Vaccination in Burma 1920-1933 - 1920-1933
Year: 1920
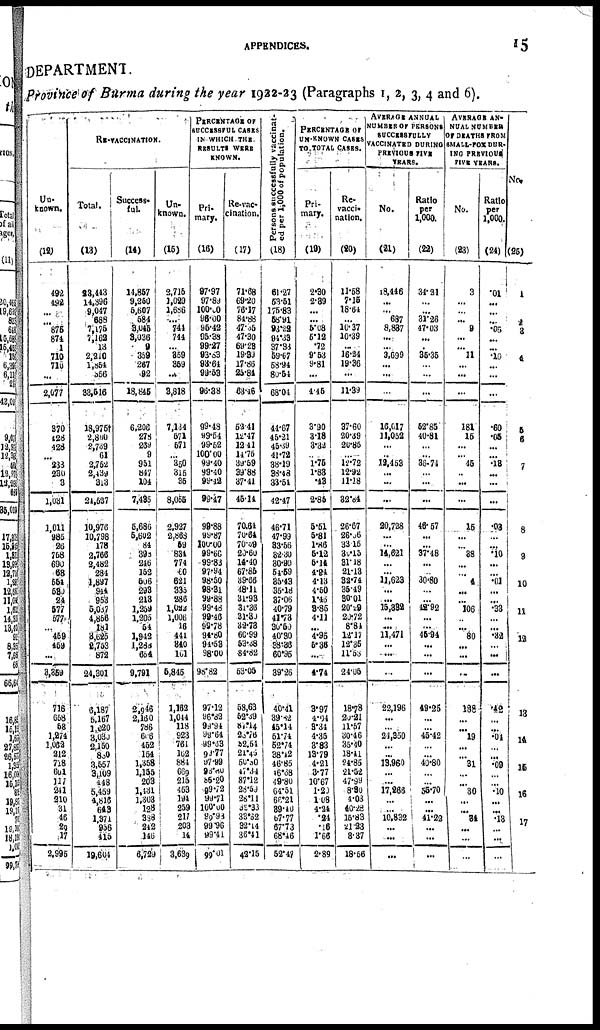
APPENDICES.
15
DEPARTMENT.
Province of Burma during the year 1922-23 (Paragraphs 1, 2, 3, 4 and 6).
Un-
known.
(12)
492
492
...
...
876
874
1
710
716
...
2,077
370
428
428
...
233
230
3
1,031
1,011
985
26
758
690
68
554
539
24
577
577
... 459
459
...
3,359
716
658
68
1,274
1,062
212
718
601
117
241
210
31
46
29
17
2,996
RE-VACCINATION.
Total.
(13)
23,443
14,396
9,047
688
7,175
7,162
13
2,210
1,861
356
33,616
18,975†
2,800
2,739
61
2,752
2,439
313
24,527
10,976
10,798
178
2,766
2,482
284
1,897
944
963
5,037
4,856
181
3,626
8,753
872
24,301
6,187
5,167
1,020
3,030
2,150
830
3,557
3,109
448
5,459
4,816
643
1,371
956
415
19,604
Success.
ful.
(14)
14,857
9,250
5,607
684
3,045
3,036
9
359
267
92
18,845
6,206
278
269
9
951
847
104
7,435
5,686
5,602
84
398
246
152
506
293
213
1,269
1,205
54
1,942
1,288
654
9,791
2,946
2,160
786
606
452
154
1,358
1,155
203
1,431
1,303
128
338
242
146
6,729
Un-
known.
(15)
2,715
1,029
1,686
... 744
744
... 359
359
...
8,818
7,134
571
571
...
350
316
35
8,055
2,927
2,868
59
834
774
60
621
335
286
1,022
1,006
16
441
840
161
5,845
1,162
1,044
118
923
761
162
884
669
215
453
194
259
217
203
14
3,639
PERCENTAGE OF
SUCCESSFUL CASES
IN WHICH THE
RESULTS WERE
KNOWN.
Pri-
mary.
(16)
97.97
97.89
100.00
98.00
95.42
95.38
99.27
93.63
93.61
99.53
96.38
99.48
99.64
99.52
100.00
99.40
99.40
99.12
99.47
98.88
99.87
100.00 99.66
99.83
97.94
98.50
98.31
99.88
99.48
99.46
99.78
94.80
91.53
98.00
98.82
97.12
96.32
99.94
99.64
99.63
99.77
97.99
98.60
55.20
99.72
99.71
100.00
99.93
99.96
99.41
99.01
Re-vac-
cination.
(17)
71.68
69.20
76.17
84.88
47.35
47.30
69.23
19.39
17.86
25.84
63.46
52.41
12.47
12.41
14.76
39.69
39.88
37.41
45.14
70.64
70.64
70.59
20.60
14.40
67.86
39.66
48.11
31.93
31.36
31.30
32.73
60.99
53.38
84.82
53.05
58,63
52.39
87.14
23.76
32.54
21.46
50.80
47.34
87.12
28.59
28.11
33.33
33.62
32.14
36.41
42.15
Persons successfully vaccinat-
ed per 1,000 of population.
(18)
61.27
53.51
175.83
58.91
93.22
94.33
37.33
59.67
58.94
80.54
68.04
44.67
45.21
46.39
41.72
38.19
38.48
33.54
42.47
46.71
47.99
33.56
32.30
30.90
54.59
35.43
35.18
37.06
40.79
41.73
30.50
40.30
38.36
60.95
39.26
40.41
39.82
45.14
51.74
52.71
38.42
16.85
46.68
49.80
64.51
66.21
39.40
67.77
67.73
68.46
52.17
PERCENTAGE OF
UN-KNOWN CASES
TO TOTAL CASES.
Pri-
mary.
(19)
2.30
2.39
...
...
5.08
5.12
.72
9.53
9.81
...
4.45
3.90
3.18
3.32
...
1.75
1.83
.43
2.85
5.51
5.81
1.86
5.12
5.14
4.94
4.13
4.50
1.46
8.85
4.11
...
4.95
6.36
...
4.74
3.97
4.04
3.34
4.35
3.83
13.79
4.21
3.77
10.67
1.20
1.08
4.21
.24
.16
1.66
2.89
Re-
vacci-
nation.
(20)
11.68
7.15
18.64
...
10.37
10.39
...
16.24
19.36
...
11.39
37.60
20.39
20.85
...
12.72
12.92
11.18
32.84
26.67
26.56
33.15
30.15
31.18
21.13
32.74
35.49
30.01
20.29
20.72
8.84
12.17
12.35
11.53
24.05
18.78
20.21
11.57
30.46
35.40
18.41
24.85
21.52
47.99
8.30
1.03
40.28
15.83
21.23
3.37
18.66
AVERAGE ANNUAL
NUMBER OF PERSONS
SUCCESSFULLY
VACCINATED DURING
PREVIOUS FIVE
YEARS.
No.
(21)
18,146
...
... 687
8,837
...
... 3.699
...
...
...
16,017
11,052
...
...
12,453
...
...
...
20,728
...
...
14,621
...
...
11,623
...
...
15,332
...
...
11,471
...
...
..
22,196
...
...
24,350
...
...
19,960
...
...
17,266
...
...
10,832
...
...
...
Ratio
per
1,000.
(22)
31.21
...
...
31.26
47.03
...
...
35.35
...
...
...
52.85
40.81
...
...
36.74
...
...
...
46.57
...
...
37.48
...
...
30.80
...
...
42.92
...
...
45.94
...
...
...
49.25
...
...
45.42
...
...
40.80
...
...
55.70
...
...
41.22
...
...
...
AVERAGE AN-
NUAL NUMBER
OF DEATHS FROM
SMALL-POX DUR-
ING PREVIOUS
FIVE YEARS.
No.
(23)
3
...
...
... 9
...
... 11
...
...
...
181
15
...
...
45
...
...
...
15
...
...
38
...
...
4
...
...
106
...
... 80
...
...
...
188
...
... 19
...
...
31
...
...
30
...
...
34
...
...
...
Ratio
per
1,000.
(24)
.01
...
...
...
.05
...
... .10
...
...
...
.60
.05
... ...
.18
...
...
...
.03
...
...
. 10
...
...
.01
...
...
.33
...
...
.32
... ...
...
.42
...
...
.04
...
...
.09
...
...
.10
...
...
.13
...
...
...
No.
(25)
1
2
3
4
5
6
7
8
9
10
11
12
13
14
15
16
17